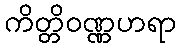
ကိတ္တိဝဏ္ဏဟရာ